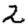
Digit: 2